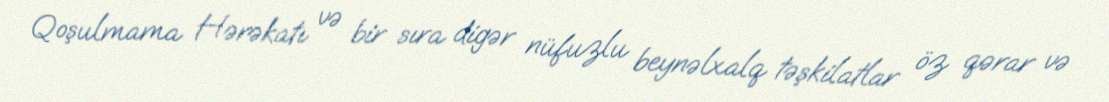
Qoşulmama Hərəkatı və bir sıra digər nüfuzlu beynəlxalq təşkilatlar öz qərar və